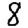
Digit: 8